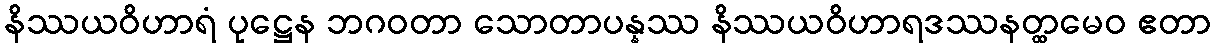
နိဿယဝိဟာရံ ပုဋ္ဌေန ဘဂဝတာ သောတာပန္နဿ နိဿယဝိဟာရဒဿနတ္ထမေဝ ဧတာ